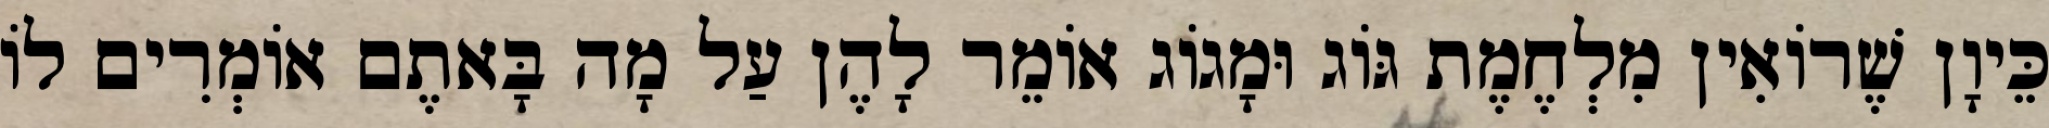
כֵּיוָן שֶׁרוֹאִין מִלְחֶמֶת גּוֹג וּמָגוֹג אוֹמֵר לָהֶן עַל מָה בָּאתֶם אוֹמְרִים לוֹ